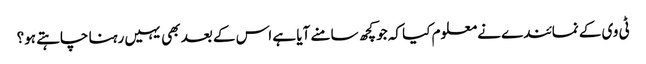
ٹی وی کے نمائندے نے معلوم کیا کہ جو کچھ سامنے آیا ہے اس کے بعد بھی یہیں رہنا چاہتے ہو؟